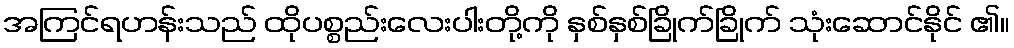
အကြင်ရဟန်းသည် ထိုပစ္စည်းလေးပါးတို့ကို နှစ်နှစ်ခြိုက်ခြိုက် သုံးဆောင်နိုင် ၏။